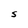
Character: S